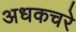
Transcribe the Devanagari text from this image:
अधकचरे